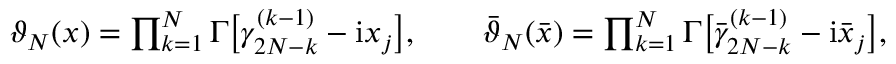
\begin{array} { r } { \vartheta _ { N } ( x ) = \prod _ { k = 1 } ^ { N } \boldsymbol \Gamma \bigl [ \gamma _ { 2 N - k } ^ { ( k - 1 ) } - \mathrm { i } x _ { j } \bigr ] , \qquad \bar { \vartheta } _ { N } ( \bar { x } ) = \prod _ { k = 1 } ^ { N } \boldsymbol \Gamma \bigl [ \bar { \gamma } _ { 2 N - k } ^ { ( k - 1 ) } - \mathrm { i } \bar { x } _ { j } \bigr ] , } \end{array}